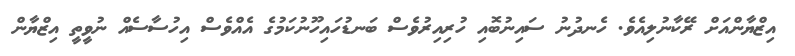
އިޒްޔާންއަށް ރޭކާނުލިއެވެ. ހެނދުނު ސައިނުބޮއި ހުރިއިރުވެސް ބަނޑުހައިހޫނުކަމުގެ އެއްވެސް އިހުސާސެއް ނުވީތީ އިޒްޔާން